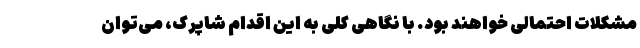
مشکلات احتمالی خواهند بود. با نگاهی کلی به این اقدام شاپرک، می‌توان